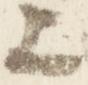
上